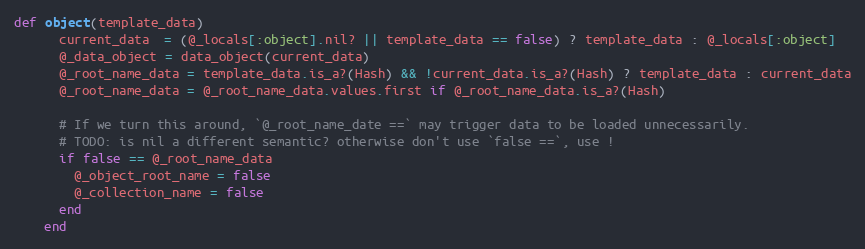
Language: Ruby
def object(template_data)
      current_data  = (@_locals[:object].nil? || template_data == false) ? template_data : @_locals[:object]
      @_data_object = data_object(current_data)
      @_root_name_data = template_data.is_a?(Hash) && !current_data.is_a?(Hash) ? template_data : current_data
      @_root_name_data = @_root_name_data.values.first if @_root_name_data.is_a?(Hash)

      # If we turn this around, `@_root_name_date ==` may trigger data to be loaded unnecessarily.
      # TODO: is nil a different semantic? otherwise don't use `false ==`, use !
      if false == @_root_name_data
        @_object_root_name = false
        @_collection_name = false
      end
    end